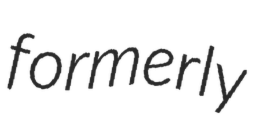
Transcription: formerly